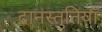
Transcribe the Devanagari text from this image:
दानस्तुतियाँ